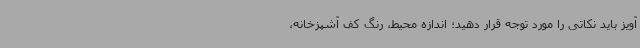
آویز باید نکاتی را مورد توجه قرار دهید؛ اندازه محیط، رنگ کف آشپزخانه،